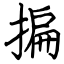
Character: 揙